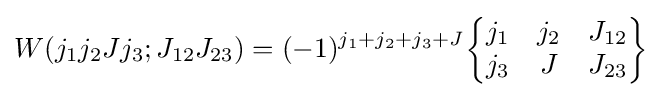
W(j_{1}j_{2}Jj_{3};J_{12}J_{23})=(-1)^{j_{1}+j_{2}+j_{3}+J}{\begin{Bmatrix}j_{1}&j_{2}&J_{12}\\j_{3}&J&J_{23}\end{Bmatrix}}